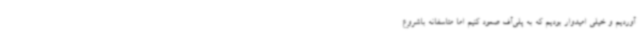
آوردیم و خیلی امیدوار بودیم که به پلی‌آف صعود کنیم اما متاسفانه باشروع